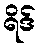
ရိဒ်